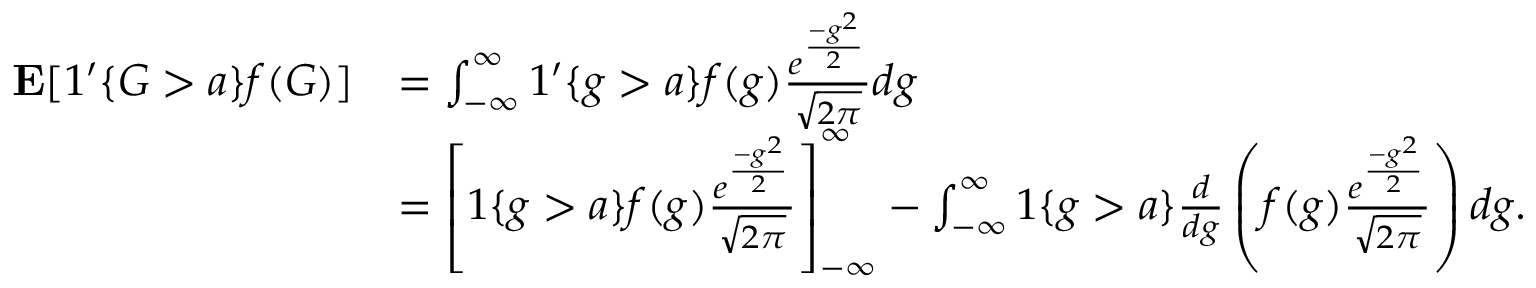
\begin{array} { r l } { \mathbf { E } [ 1 ^ { \prime } \{ G > a \} f ( G ) ] } & { = \intop _ { - \infty } ^ { \infty } 1 ^ { \prime } \{ g > a \} f ( g ) \frac { e ^ { \frac { - g ^ { 2 } } { 2 } } } { \sqrt { 2 \pi } } d g } \\ & { = \left[ 1 \{ g > a \} f ( g ) \frac { e ^ { \frac { - g ^ { 2 } } { 2 } } } { \sqrt { 2 \pi } } \right] _ { - \infty } ^ { \infty } - \intop _ { - \infty } ^ { \infty } 1 \{ g > a \} \frac { d } { d g } \left( f ( g ) \frac { e ^ { \frac { - g ^ { 2 } } { 2 } } } { \sqrt { 2 \pi } } \right) d g . } \end{array}